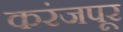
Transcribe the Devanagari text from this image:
करंजपूर